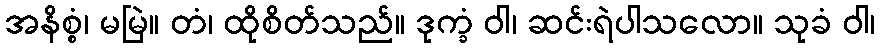
အနိစ္စံ၊ မမြဲ။ တံ၊ ထိုစိတ်သည်။ ဒုက္ခံ ဝါ၊ ဆင်းရဲပါသလော။ သုခံ ဝါ၊